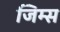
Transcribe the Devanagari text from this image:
जिम्स